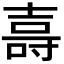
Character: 𭐖